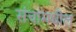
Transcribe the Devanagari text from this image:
संचांमधील